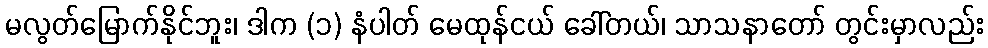
မလွတ်မြောက်နိုင်ဘူး၊ ဒါက (၁) နံပါတ် မေထုန်ငယ် ခေါ်တယ်၊ သာသနာတော် တွင်းမှာလည်း